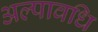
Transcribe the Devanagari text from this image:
अल्‍पावधि